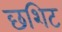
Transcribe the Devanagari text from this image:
छशिट